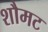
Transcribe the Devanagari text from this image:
शौमट